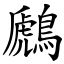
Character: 鷉